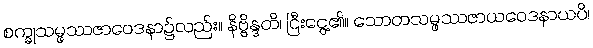
စက္ခုသမ္ဖဿဇာဝေဒနာ၌လည်း။ နိဗ္ဗိန္ဒတိ၊ ငြီးငွေ့၏။ သောတသမ္ဖဿဇာယဝေဒနာယပိ၊